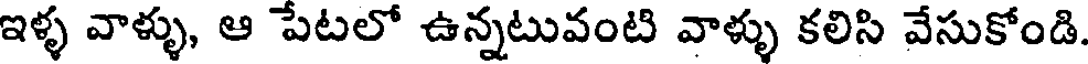
ఇళ్ళ వాళ్ళు, ఆ పేటలో ఉన్నటువంటి వాళ్ళు కలిసి వేసుకోండి.